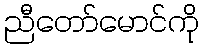
ညီတော်မောင်ကို